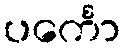
ပင်္ကော